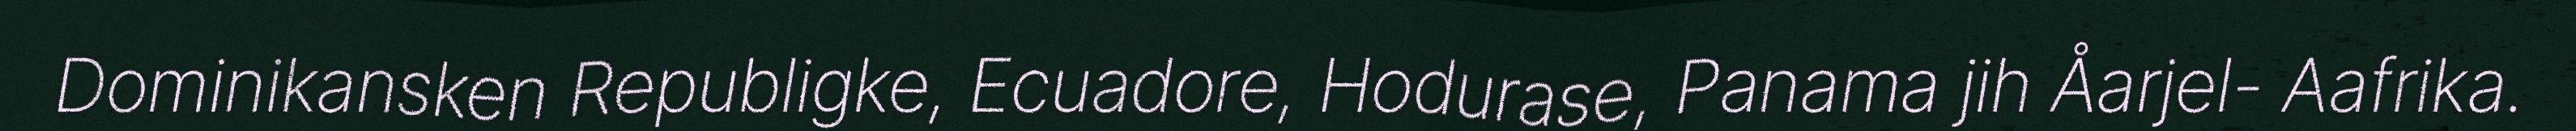
Dominikansken Republigke, Ecuadore, Hodurase, Panama jih Åarjel- Aafrika.